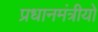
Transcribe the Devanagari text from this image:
प्रधानमंत्रीयों